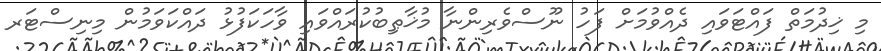
މި ޚިދުމަތް ފައްޓަވައި ދެއްވުމަށް ފަހު ނޫސްވެރިންނާ މުޚާޠިބުކުރައްވައި ވާހަކަފުޅު ދައްކަވަމުން މިނިސްޓަރ